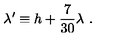
\lambda ^ { \prime } \equiv h + { \frac { 7 } { 3 0 } } \lambda \ .